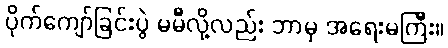
ပိုက်ကျော်ခြင်းပွဲ မမီလို့လည်း ဘာမှ အရေးမကြီး။